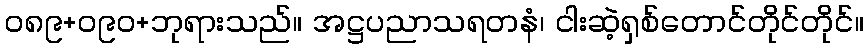
၀၈၉+၀၉၀+ဘုရားသည်။ အဋ္ဌပညာသရတနံ၊ ငါးဆဲ့ရှစ်တောင်တိုင်တိုင်။